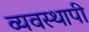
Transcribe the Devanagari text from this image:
व्यवस्थापी